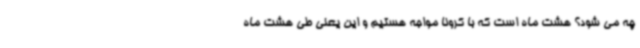
چه می شود؟ هشت ماه است که با کرونا مواجه هستیم و این یعنی طی هشت ماه